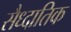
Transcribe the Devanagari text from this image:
सैध्दातिक